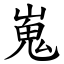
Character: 嵬